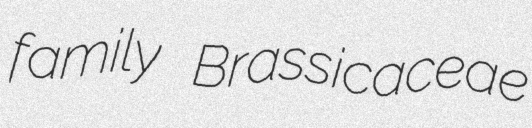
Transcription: family Brassicaceae